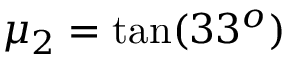
\mu _ { 2 } = \tan ( 3 3 ^ { o } )